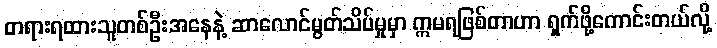
တရားရထားသူတစ်ဦးအနေနဲ့ ဆာလောင်မွတ်သိပ်မှုမှာ ဣမရဖြစ်တာဟာ ရှက်ဖို့ကောင်းတယ်လို့